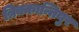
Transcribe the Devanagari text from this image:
त्रिक्कान्तियुर